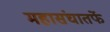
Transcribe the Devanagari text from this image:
महासंघातर्फे